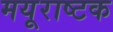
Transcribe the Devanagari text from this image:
मयूराष्टक